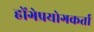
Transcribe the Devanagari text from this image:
होंगेप्रयोगकर्ता